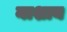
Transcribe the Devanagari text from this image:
नाशाय